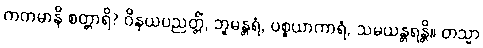
ကတမာနိ စတ္တာရိ? ဝိနယပညတ္တိံ, ဘူမန္တရံ, ပစ္စယာကာရံ, သမယန္တရန္တိ။ တသ္မာ